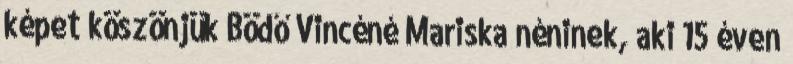
képet köszönjük Bödő Vincéné Mariska néninek, aki 15 éven